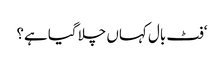
‘فٹ بال کہاں چلا گیا ہے؟